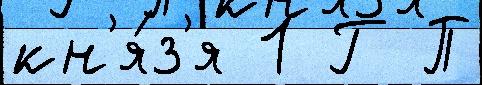
кн'я́з'я 1 Г П